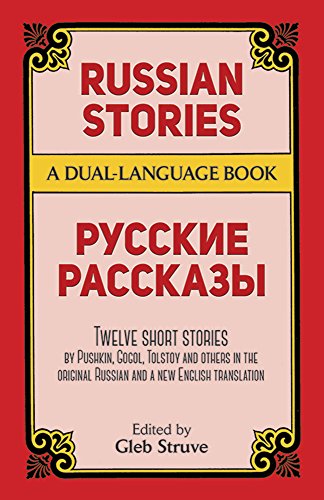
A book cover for Russian Stories: A Dual-Language Book (English and Russian Edition); Literature & Fiction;